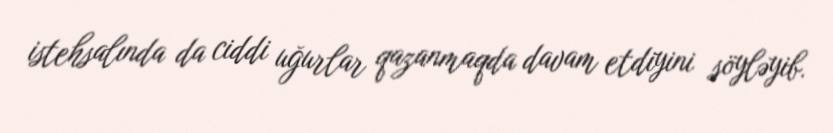
istehsalında da ciddi uğurlar qazanmaqda davam etdiyini söyləyib.